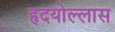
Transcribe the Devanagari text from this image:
हृदयोल्लास